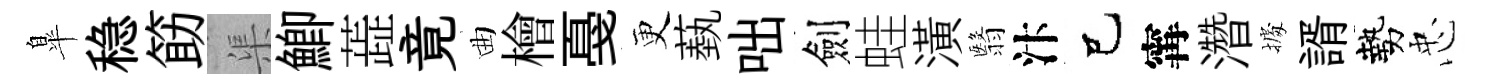
臯稳筯渠鯽蕋竟曲檜戞更蓺咄劍蛙潢翳汴己𡩋濳𢴃諝勢忠